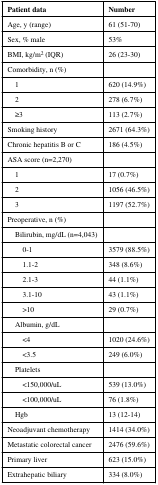
| Patient data | Number |
 | --- | --- |
 | Age, y (range) | 61 (51-70) |
 | Sex, % male | 53% |
 | BMI, kg/m2 (IQR) | 26 (23-30) |
 | Comorbidity, n (%) |  |
 | 1 | 620 (14.9%) |
 | 2 | 278 (6.7%) |
 | ≥3 | 113 (2.7%) |
 | Smoking history | 2671 (64.3%) |
 | Chronic hepatitis B or C | 186 (4.5%) |
 | ASA score (n=2,270) |  |
 | 1 | 17 (0.7%) |
 | 2 | 1056 (46.5%) |
 | 3 | 1197 (52.7%) |
 | Preoperative, n (%) |  |
 | Bilirubin, mg/dL (n=4,043) |  |
 | 0-1 | 3579 (88.5%) |
 | 1.1-2 | 348 (8.6%) |
 | 2.1-3 | 44 (1.1%) |
 | 3.1-10 | 43 (1.1%) |
 | >10 | 29 (0.7%) |
 | Albumin, g/dL |  |
 | <4 | 1020 (24.6%) |
 | <3.5 | 249 (6.0%) |
 | Platelets |  |
 | <150,000/uL | 539 (13.0%) |
 | <100,000/uL | 76 (1.8%) |
 | Hgb | 13 (12-14) |
 | Neoadjuvant chemotherapy | 1414 (34.0%) |
 | Metastatic colorectal cancer | 2476 (59.6%) |
 | Primary liver | 623 (15.0%) |
 | Extrahepatic biliary | 334 (8.0%) |